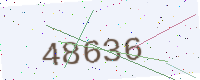
Text: 48636